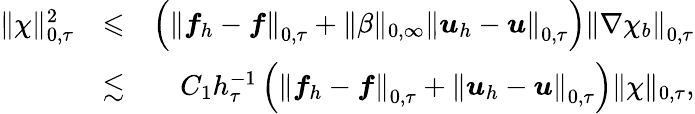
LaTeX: \begin{array}{rlr}{\| \chi\| _{0,\tau}^{2}}&{\leqslant}&{\left(\left\| \boldsymbol{f}_{h}-\boldsymbol{f}\right\| _{0,\tau}+\| \beta\| _{0,\infty}\left\| \boldsymbol{u}_{h}-\boldsymbol{u}\right\| _{0,\tau}\right)\left\| \nabla\chi_{b}\right\| _{0,\tau}}\\ &{\lesssim}&{C_{1}h_{\tau}^{-1}\left(\left\| \boldsymbol{f}_{h}-\boldsymbol{f}\right\| _{0,\tau}+\left\| \boldsymbol{u}_{h}-\boldsymbol{u}\right\| _{0,\tau}\right)\| \chi\| _{0,\tau},}\end{array}